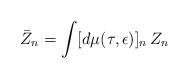
LaTeX: \begin{align*}\bar{Z}_n = \int [d\mu (\tau, \epsilon)]_n \,Z_n\,\end{align*}